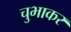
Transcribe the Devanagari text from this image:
चुभाकर